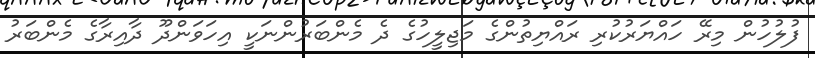
ފުލުހުން މިރޭ ހައްޔަރުކުރި ރައްޔިތުންގެ މަޖިލީހުގެ ދެ މެންބަރުންނަކީ އިހަވަންދޫ ދާއިރާގެ މެންބަރު